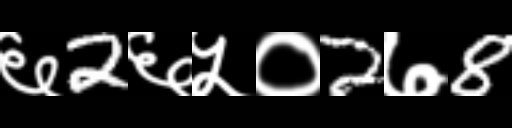
Text: ६2६५०2७8